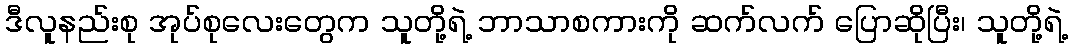
ဒီလူနည်းစု အုပ်စုလေးတွေက သူတို့ရဲ့ ဘာသာစကားကို ဆက်လက် ပြောဆိုပြီး၊ သူတို့ရဲ့